Scottish Leaving Certificate Examination, 1961
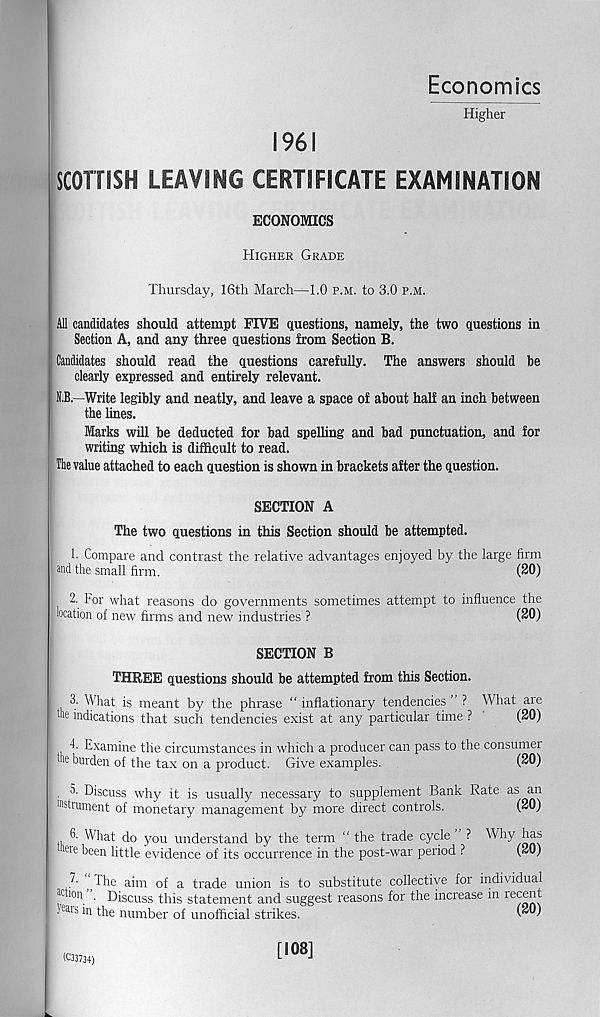
Economics
Higher
1961
SCOTTISH LEAVING CERTIFICATE EXAMINATION
ECONOMICS
Higher Grade
Thursday, 16th March---1.0 p.m. to 3.0 p.m.
All candidates should attempt FIVE questions, namely, the two questions in
Section A, and any three questions from Section B.
Candidates should read the questions carefully. The answers should he
clearly expressed and entirely relevant.
N.B.—Write legibly and neatly, and leave a space of about half an inch between
the lines.
Marks will be deducted for bad spelling and bad punctuation, and for
writing which is difficult to read.
The value attached to each question is shown in brackets after the question.
SECTION A
The two questions in this Section should be attempted.
1. Compare and contrast the relative advantages enjoyed by the large hrm
and the small firm.
(20)
2. For what reasons do governments sometimes attempt to influence the
location of new firms and new industries ?
(20)
SECTION B
THREE questions should be attempted from this Section.
3. What is meant by the phrase “ inflationary tendencies ” ? What are
the indications that such tendencies exist at any particular time ?
(20)
4. Examine the circumstances in which a producer can pass to the consumer
the burden of the tax on a product. Give examples.
(20)
. 3. Discuss why it is usually necessary to supplement Bank Rate as an
Wstrument of monetary management by more direct controls.
(20)
6. What do you understand by the term “ the trade cycle ? Why has
'He been little evidence of its occurrence in the post-war period ?
(20)
J- “The aim of a trade union is to substitute collective for individual
«ion ”, Discuss this statement and suggest reasons for the increase in re cent
yeais * n the number of unofficial strikes.
(""'
(C33734)
[108]